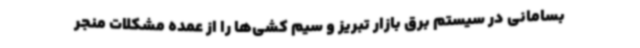
بسامانی در سیستم برق بازار تبریز و سیم کشی‌ها را از عمده مشکلات منجر